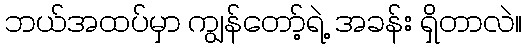
ဘယ်အထပ်မှာ ကျွန်တော့်ရဲ့ အခန်း ရှိတာလဲ။